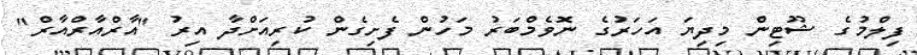
ފިލްމުގެ ޝޫޓިން މިދިޔަ އަހަރުގެ ނޮވެމްބަރު މަހުން ފެށިގެން ކުރިއަށްދާ އިރު "އާރްއާރްއާރް"